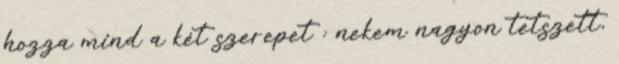
hozza mind a két szerepet : nekem nagyon tetszett,